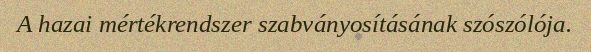
A hazai mértékrendszer szabványosításának szószólója.